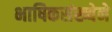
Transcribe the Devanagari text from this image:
भाषिकसंख्येने